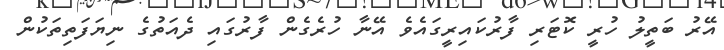
އޭރު ބަތީލު ހުރީ ކޮޓަރި ފާރުކައިރީގައެވެ އޭނާ ހުރެގެން ފާރުގައި ދެއަތުގެ ނިޔަފަތިތަކުން